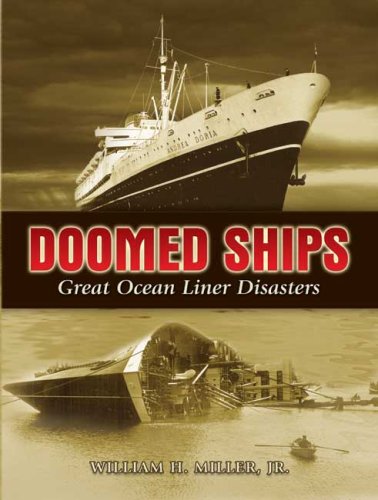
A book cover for Doomed Ships: Great Ocean Liner Disasters (Dover Maritime); William H. Miller Jr.; Arts & Photography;